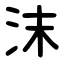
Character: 沫